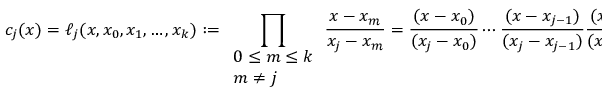
c _ { j } ( x ) = \ell _ { j } ( x , x _ { 0 } , x _ { 1 } , \ldots , x _ { k } ) : = \prod _ { \begin{array} { l } { 0 \leq m \leq k } \\ { m \neq j } \end{array} } { \frac { x - x _ { m } } { x _ { j } - x _ { m } } } = { \frac { ( x - x _ { 0 } ) } { ( x _ { j } - x _ { 0 } ) } } \cdots { \frac { ( x - x _ { j - 1 } ) } { ( x _ { j } - x _ { j - 1 } ) } } { \frac { ( x - x _ { j + 1 } ) } { ( x _ { j } - x _ { j + 1 } ) } } \cdots { \frac { ( x - x _ { k } ) } { ( x _ { j } - x _ { k } ) } } .